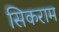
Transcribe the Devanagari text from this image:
सिकराम